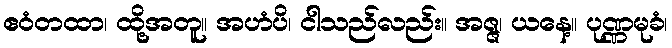
ဧဝံတထာ၊ ထို့အတူ။ အဟံပိ၊ ငါသည်လည်း။ အဇ္ဇ၊ ယနေ့။ ပုဏ္ဏမုခံ၊